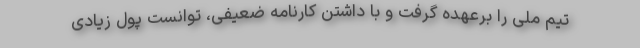
تیم ملی را برعهده گرفت و با داشتن کارنامه ضعیفی، توانست پول زیادی